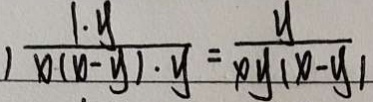
) \frac { 1 \cdot y } { x ( x - y ) \cdot y } = \frac { y } { x y ( x - y ) }